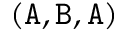
( \mathtt { A } , \mathtt { B } , \mathtt { A } )